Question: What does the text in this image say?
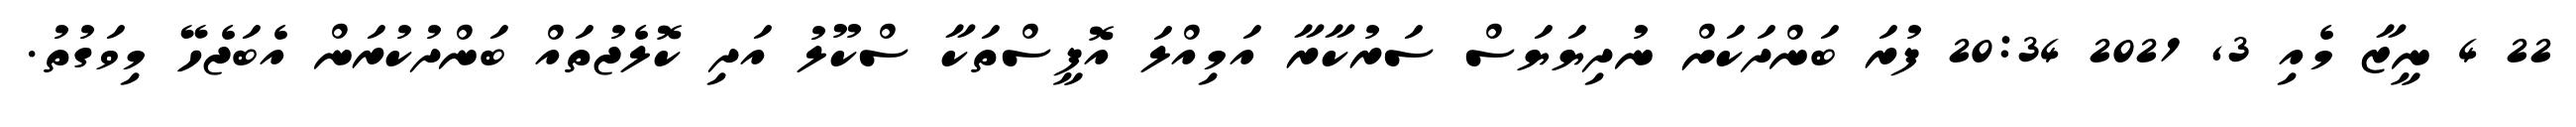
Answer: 22 4 ނީޒާ މެއި 3, 2021 20:34 ފުރަ ބަންދަކަށް ނުދިޔަޔަސް ސަރުކާރާ އަމިއްލަ އޮފީސްތަކާ ސްކޫލު އަދި ކޮލެޖުތައް ބަންދުކުރަން އެބަޖެހޭ މިވަގުތު.